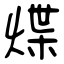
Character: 煠